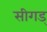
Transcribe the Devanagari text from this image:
सीगड्